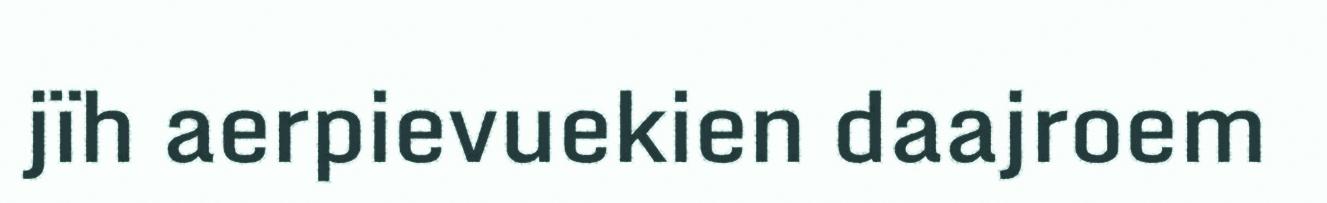
jïh aerpievuekien daajroem